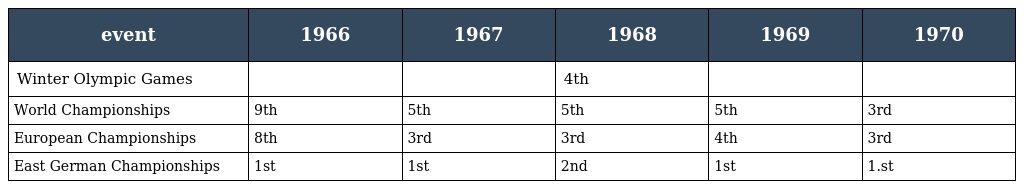
| event | 1966 | 1967 | 1968 | 1969 | 1970 |
 | --- | --- | --- | --- | --- | --- |
 | Winter Olympic Games |  |  | 4th |  |  |
 | World Championships | 9th | 5th | 5th | 5th | 3rd |
 | European Championships | 8th | 3rd | 3rd | 4th | 3rd |
 | East German Championships | 1st | 1st | 2nd | 1st | 1.st |